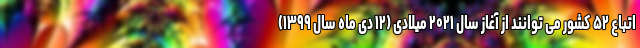
اتباع ۵۲ کشور می توانند از آغاز سال ۲۰۲۱ میلادی (۱۲ دی ماه سال ۱۳۹۹)